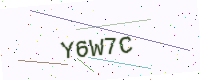
Text: Y6W7C